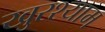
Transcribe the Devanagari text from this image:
खुरश्याम